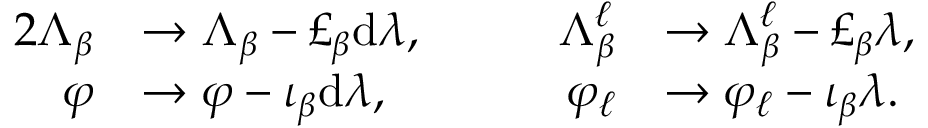
\begin{array} { r l r l } { { 2 } \Lambda _ { \beta } } & { \to \Lambda _ { \beta } - \pounds _ { \beta } \mathrm { d } \lambda , \qquad } & { \Lambda _ { \beta } ^ { \ell } } & { \to \Lambda _ { \beta } ^ { \ell } - \pounds _ { \beta } \lambda , } \\ { \varphi } & { \to \varphi - \iota _ { \beta } \mathrm { d } \lambda , \qquad } & { \varphi _ { \ell } } & { \to \varphi _ { \ell } - \iota _ { \beta } \lambda . } \end{array}